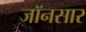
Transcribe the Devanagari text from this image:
जॉनसार